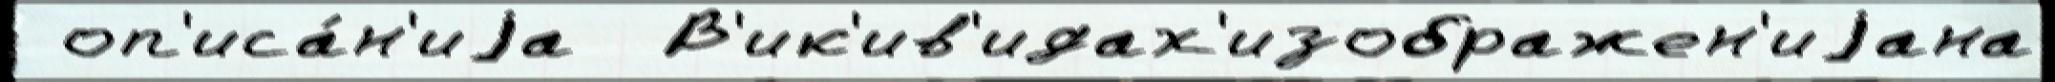
 оп'иса́н'иjа  В'ик'ив'идах'изображен'иjана